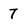
Character: 7